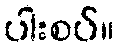
ပါးစပ်။